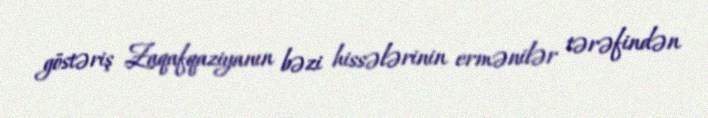
göstəriş Zaqafqaziyanın bəzi hissələrinin ermənilər tərəfindən